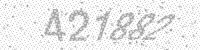
Solution: 421882